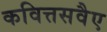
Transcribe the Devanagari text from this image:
कवित्तसवैए